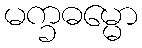
မက္ခဓမ္မော